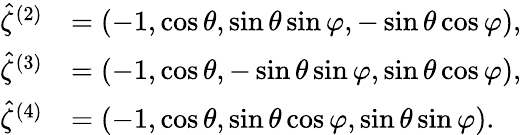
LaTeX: \begin{array}{rl}{\hat{\zeta}^{(2)}}&{=(-1,\cos\theta,\sin\theta\sin\varphi,-\sin\theta\cos\varphi),}\\ {\hat{\zeta}^{(3)}}&{=(-1,\cos\theta,-\sin\theta\sin\varphi,\sin\theta\cos\varphi),}\\ {\hat{\zeta}^{(4)}}&{=(-1,\cos\theta,\sin\theta\cos\varphi,\sin\theta\sin\varphi).}\end{array}